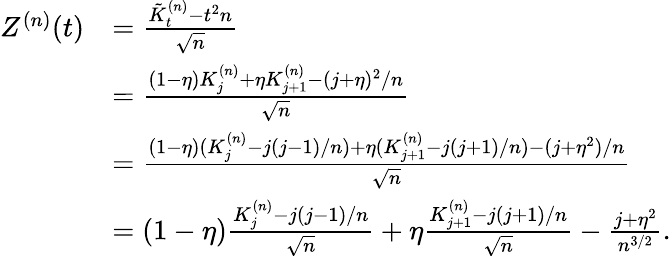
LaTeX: \begin{array}{rl}{Z^{(n)}(t)}&{=\frac{\tilde{K}_{t}^{(n)}-t^{2}n}{\sqrt{n}}}\\ &{=\frac{(1-\eta)K_{j}^{(n)}+\eta K_{j+1}^{(n)}-(j+\eta)^{2}/n}{\sqrt{n}}}\\ &{=\frac{(1-\eta)(K_{j}^{(n)}-j(j-1)/n)+\eta(K_{j+1}^{(n)}-j(j+1)/n)-(j+\eta^{2})/n}{\sqrt{n}}}\\ &{=(1-\eta)\frac{K_{j}^{(n)}-j(j-1)/n}{\sqrt{n}}+\eta\frac{K_{j+1}^{(n)}-j(j+1)/n}{\sqrt{n}}-\frac{j+\eta^{2}}{n^{3/2}}.}\end{array}